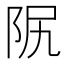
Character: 𨸰